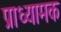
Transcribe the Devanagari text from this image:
प्राध्यामक